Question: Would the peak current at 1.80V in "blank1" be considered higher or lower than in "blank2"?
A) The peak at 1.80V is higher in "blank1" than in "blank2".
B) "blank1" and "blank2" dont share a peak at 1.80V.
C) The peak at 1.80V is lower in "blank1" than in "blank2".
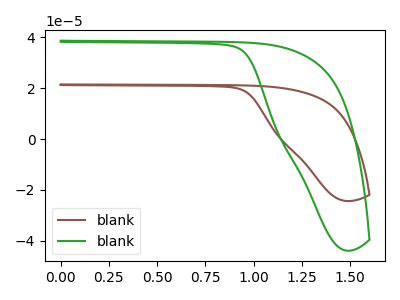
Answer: <think>The brown curve "blank1" has no peaks. The green curve "blank2" has no peaks.</think>
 <answer>B) "blank1" and "blank2" dont share a peak at 1.80V.</answer>
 <eval>B</eval>